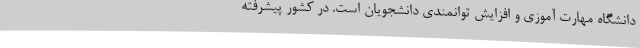
دانشگاه مهارت آموزی و افزایش توانمندی دانشجویان است. در کشور پیشرفته